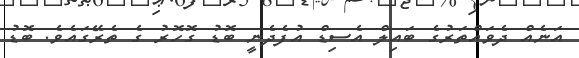
އަނެއް ދެވައްތަރުގެ ބައިލް އެސިޑް އުފެދެނީ ބޮޑު ގޮހޮރު ގެ ތެރޭގައެވެ. ބޮޑު